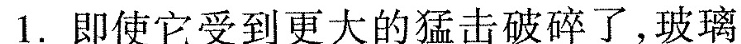
1.即使它受到更大的猛击破碎了，玻璃